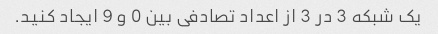
یک شبکه 3 در 3 از اعداد تصادفی بین 0 و 9 ایجاد کنید.